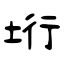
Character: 垳